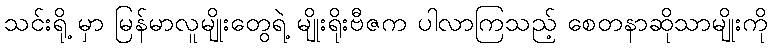
သင်းရို့ မှာ မြန်မာလူမျိုးတွေရဲ့ မျိုးရိုးဗီဇက ပါလာကြသည့် စေတနာဆိုသာမျိုးကို